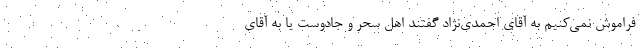
فراموش نمی‌کنیم به آقای احمدی‌نژاد گفتند اهل سِحر و جادوست یا به آقای